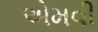
એમવી